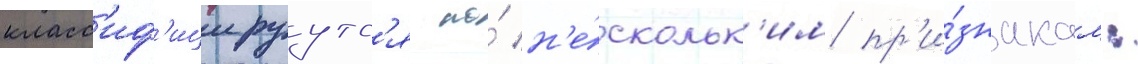
класс'иф'ицируутс'я по́ н'е́скольк'им пр'и́знакам: